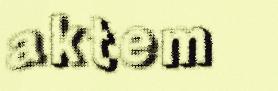
aktem